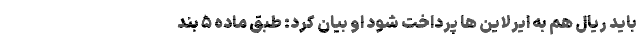
باید ریال هم به ایرلاین ها پرداخت شود او بیان کرد: طبق ماده ۵ بند